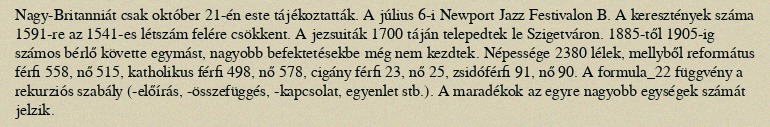
Nagy-Britanniát csak október 21-én este tájékoztatták. A július 6-i Newport Jazz Festivalon B. A keresztények száma 1591-re az 1541-es létszám felére csökkent. A jezsuiták 1700 táján telepedtek le Szigetváron. 1885-től 1905-ig számos bérlő követte egymást, nagyobb befektetésekbe még nem kezdtek. Népessége 2380 lélek, mellyből református férfi 558, nő 515, katholikus férfi 498, nő 578, cigány férfi 23, nő 25, zsidóférfi 91, nő 90. A formula_22 függvény a rekurziós szabály (-előírás, -összefüggés, -kapcsolat, egyenlet stb.). A maradékok az egyre nagyobb egységek számát jelzik.